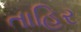
તાહિર